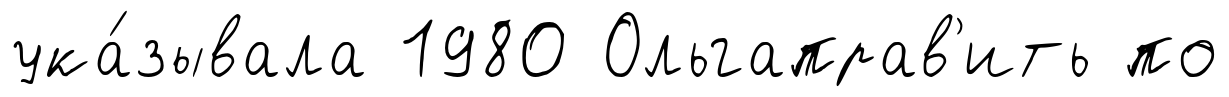
ука́зывала 1980 Ольгаправ'ить по